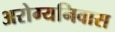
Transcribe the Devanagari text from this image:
अरोग्यनिवास